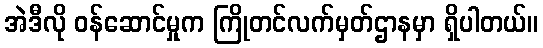
အဲဒီလို ဝန်ဆောင်မှုက ကြိုတင်လက်မှတ်ဌာနမှာ ရှိပါတယ်။